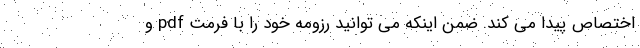
اختصاص پیدا می کند. ضمن اینکه می توانید رزومه خود را با فرمت pdf و